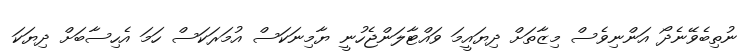
ނުތިބެވޭނެދޯ އަންނިވެސް މިޒާތަށް ދިޔައީމަ ވައްޓާލަންޖެހުނީ ޔާމިނަކަސް އުމަރަކަސް ހަމަ އެހިސާބަށް ދިޔަކަ